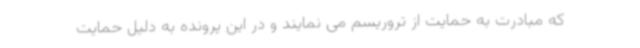
که مبادرت به حمایت از تروریسم می نمایند و در این پرونده به دلیل حمایت